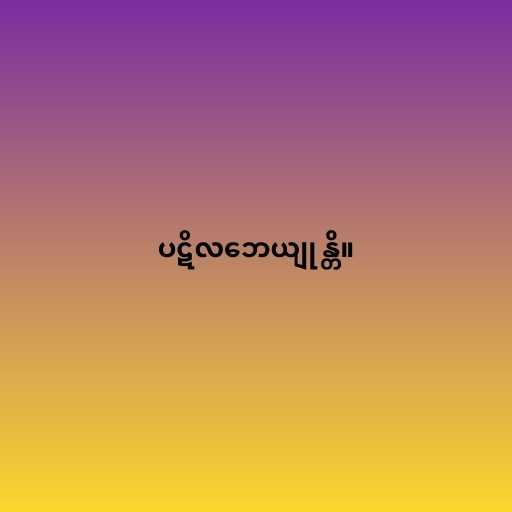
ပဋိလဘေယျုန္တိ။